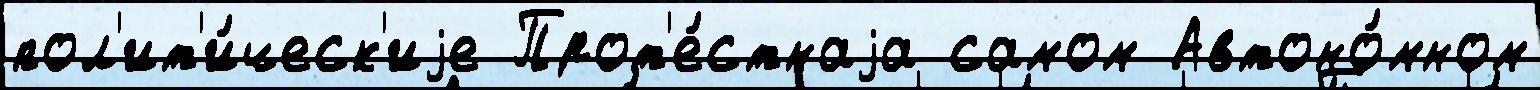
пол'ит'и́ческ'иjе Прот'е́стнаjа самом Автоно́мном